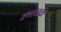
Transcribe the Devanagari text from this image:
लावक